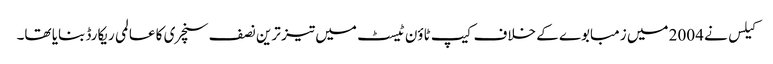
کیلس نے 2004 میں زمبابوے کے خلاف کیپ ٹاؤن ٹیسٹ میں تیز ترین نصف سنچری کا عالمی ریکارڈ بنایا تھا۔